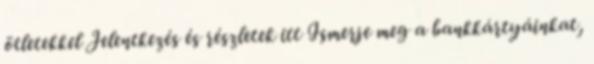
ötletekkel Jelentkezés és részletek itt Ismerje meg a bankkártyáinkat,